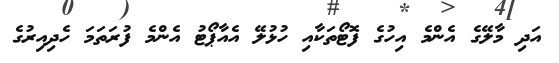
އަދި މާލޭގެ އެންމެ އިހުގެ ފޮޓޯތަކާއި ހުޅުލޭ އެއާޕޯޓު އެންމެ ފުރަތަމަ ހެދިއިރުގެ